Vaccination in Bombay 1889-1901 - 1889-1901
Year: 1889
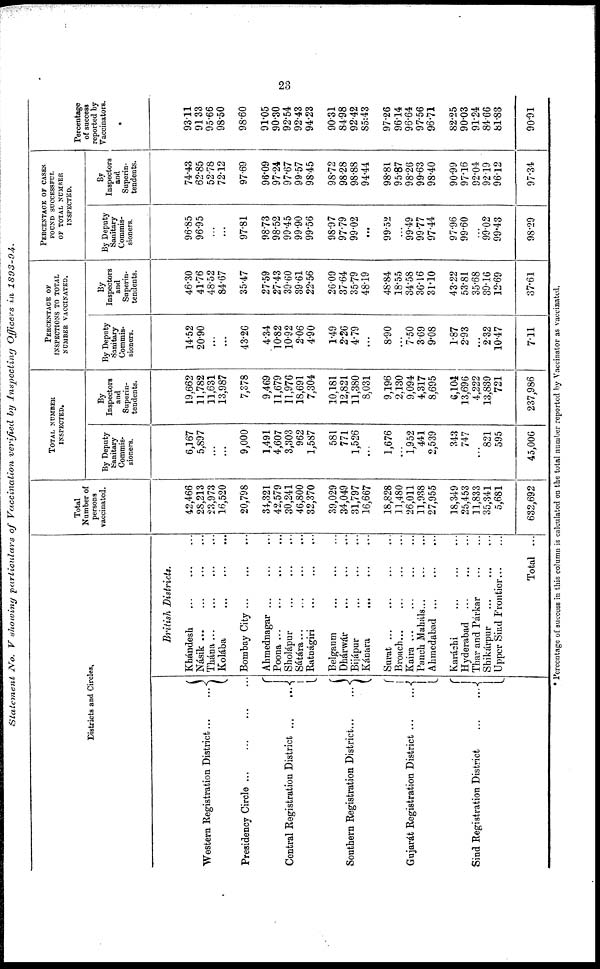
23
Statement
No. V showing particulars of Vaccination verified by Inspecting Officers in 1893-94.
Districts and Circles.
Western Registration District...
...
Presidency Circle
...
...
...
...
Central Registration District
...
...
Southern Registration District...
...
Gujarát Registration District ...
...
Sind Registration District
...
...
British Districts.
Khándesh
...
...
...
Násik
...
...
...
...
Thána
...
...
...
...
Kolába
...
...
...
Bombay City ... ... ...
Ahmednagar ... ... ...
Poona ... ... ... ...
Sholápur
...
...
...
Sátára
...
...
...
...
Ratnágiri ... ... ...
Belgaum ... ... ...
Dhárwár
...
...
...
Bijápur
...
...
...
Kánara
... ... ...
Surat ... ... ... ...
Broach
...
...
...
...
Kaira ... ... ...
Panch Maháls... ... ...
Ahmedabad ... ... ...
Karáchi ... ... ...
Hyderabad ... ... ...
Thar and Párkar ... ...
Shikárpur ... ... ...
Upper Sind Frontier ... ...
Total ...
Total
Number of
persons
vaccinated.
42,466
28,213
23,973
16,520
20,798
34,321
42,579
30,241
46,800
32,370
39,029
34,049
31,797
16,667
18,828
11,480
26,011
11,938
27,955
18,349
25,453
11,833
35,341
5,681
632,692
TOTAL NUMBER
INSPECTED.
By Deputy
Sanitary
Commis-
sioners.
6,167
5,897
...
...
9,000
1,491
4,607
3,303
962
1,587
581
771
1,526
...
1,676
...
1,952
441
2,539
343
747
...
821
595
45,006
By
Inspectors
and
Superin-
tendents.
19,662
11,782
11,631
13,987
7,378
9,469
11,679
11,976
18,691
7,304
10,181
12,821
11,380
8,031
9,196
2,130
9,094
4,317
8,695
6,104
13,696
4,222
13,839
721
237,986
PERCENTAGE OF
INSPECTIONS TO TOTAL
NUMBER VACCINATED.
By Deputy
Sanitary
Commis-
sioners.
14.52
20.90
...
...
43.26
4.34
10.82
10.92
2.06
4.90
1.49
2.26
4.79
...
8.90
...
7.50
3.69
9.08
1.87
2.93
...
2.32
10.47
7.11
By
Inspectors
and
Superin-
tendents.
46.30
41.76
48.52
84.67
35.47
27.59
27.43
39.60
39.61
22.56
26.09
37.64
35.79
48.19
48.84
18.55
34.58
36.16
31.10
43.22
53.81
35.68
39.16
12.69
37.61
PERCENTAGE OF CASES
FOUND SUCCESSFUL
OF TOTAL NUMBER
INSPECTED.
By Deputy
Sanitary
Commis-
sioners.
96.85
96.95
...
...
97.81
98.73
98.52
99.45
99.90
99.56
98.97
97.79
99.02
...
99.52
...
99.49
99.77
97.44
97.96
99.60
...
99.02
99.43
98.29
By
Inspectors
and
Superin-
tendents.
74.43
62.85
52.78
72.12
97.69
96.09
97.24
97.67
99.57
98.45
98.72
98.28
98.88
94.44
98.81
95.87
98.26
99.63
98.40
90.99
97.16
92.04
92.19
96.12
97.34
Percentage
of success
reported by
Vaccinators.
93.11
91.33
95.66
98.50
98.60
91.05
90.30
92.54
92.43
94.23
90.31
84.98
92.42
85.43
97.26
96.14
96.64
97.56
96.71
82.25
90.03
91.24
84.66
81.83
90.91
* Percentage of success in this column is calculated on the total number reported by Vaccinator as vaccinated.